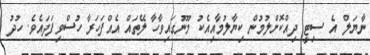
ނާޔަލް އެ ސިޓީ ދިއްކޮށްލުމުން ކިޔާލުމާއިއެކު މޫނުގައިވާހާ ލޭތައް އެއްފަހަރާ ހުސްވިފަދައެވެ. ހުދު